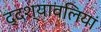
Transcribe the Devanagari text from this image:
द्दश्यावलियां